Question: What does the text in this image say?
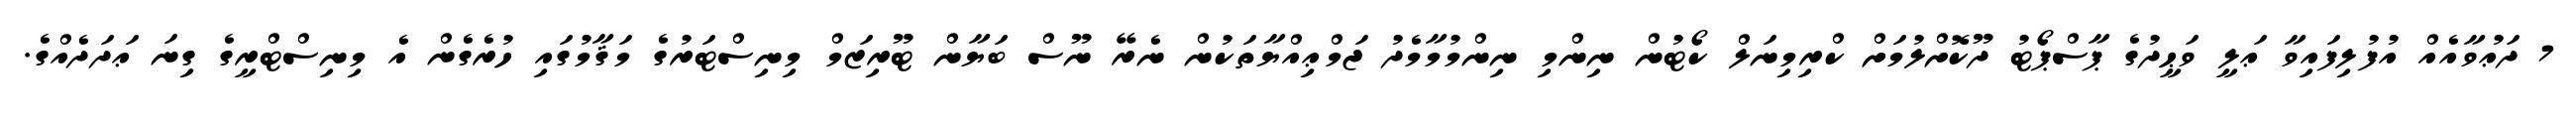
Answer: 7 ދަޢުވާއެއް އުފުލިފައިވާ ޢަލީ ވަޙީދުގެ ޕާސްޕޯޓު ދޫކޮށްލުމަށް ކްރިމިނަލް ކޯޓުން ނިންމި ނިންމުމާމެދު ޖަމްޢިއްޔާތަކުން ނެރޭ ނޫސް ބަޔާން ޓޫރިޒަމް މިނިސްޓަރުގެ މަޤާމުގައި ހުރެގެން އެ މިނިސްޓްރީގެ ގިނަ ޢަދަދެއްގެ.